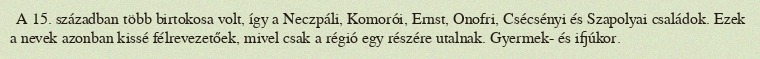
A 15. században több birtokosa volt, így a Neczpáli, Komorói, Ernst, Onofri, Csécsényi és Szapolyai családok. Ezek a nevek azonban kissé félrevezetőek, mivel csak a régió egy részére utalnak. Gyermek- és ifjúkor.